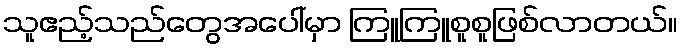
သူဧည့်သည်တွေအပေါ်မှာ ကြူကြူစူစူဖြစ်လာတယ်။